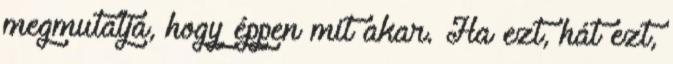
megmutatja, hogy éppen mit akar. Ha ezt, hát ezt,